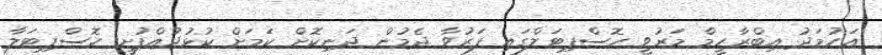
އަހުމަދު އިބްރާހީމް މަރުވީ ހޮސްޕިޓަލްގައި ފަރުވާ ދެމުން ދަނިކޮށް ކަމަށް ކުޅުދުއްފުށީ ހޮސްޕިޓަލާ